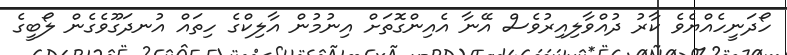
ހޯދަނީހެއްޔެވެ ކާރު ދުއްވާލިއިރުވެސް އޭނާ އެއިންގޮތަށް އިނުމުން އާލިކްގެ ހިތައް އުނދަގޫވެގެން ލޯބީގެ